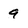
Character: 9